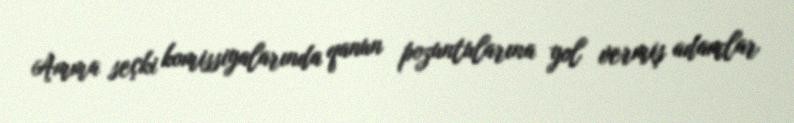
Amma seçki komissiyalarında qanun pozuntularına yol vermiş adamlar